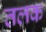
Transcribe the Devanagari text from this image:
तलक